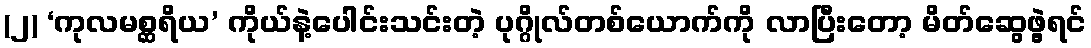
(၂) ‘ကုလမစ္ဆရိယ’ ကိုယ်နဲ့ပေါင်းသင်းတဲ့ ပုဂ္ဂိုလ်တစ်ယောက်ကို လာပြီးတော့ မိတ်ဆွေဖွဲ့ရင်